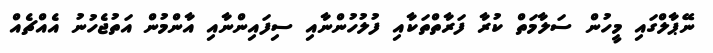
ނޭޕާލްގައި މީހުން ސަލާމަތް ކުރާ ފަރާތްތަކާއި ފުލުހުންނާއި ސިފައިންނާއި އާންމުން އަތުޖެހުނު އެއްޗެއް